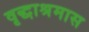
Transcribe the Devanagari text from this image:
वृद्धाश्रमास